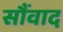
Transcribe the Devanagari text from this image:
सौंवाद